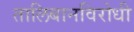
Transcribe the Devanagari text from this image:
तालिबानविरोधी